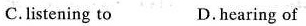
C.listening to D.hearing of